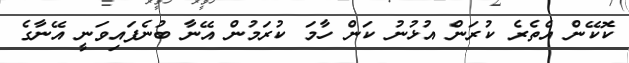
ކޮކޭން އެތެރެ ކުރަން އުޅުނު ކަން ހާމަ ކުރަމުން އޭނާ ބުނެފައިވަނީ އޭނާގެ